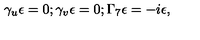
\gamma _ { u } \epsilon = 0 ; \gamma _ { v } \epsilon = 0 ; \Gamma _ { 7 } \epsilon = - i \epsilon ,